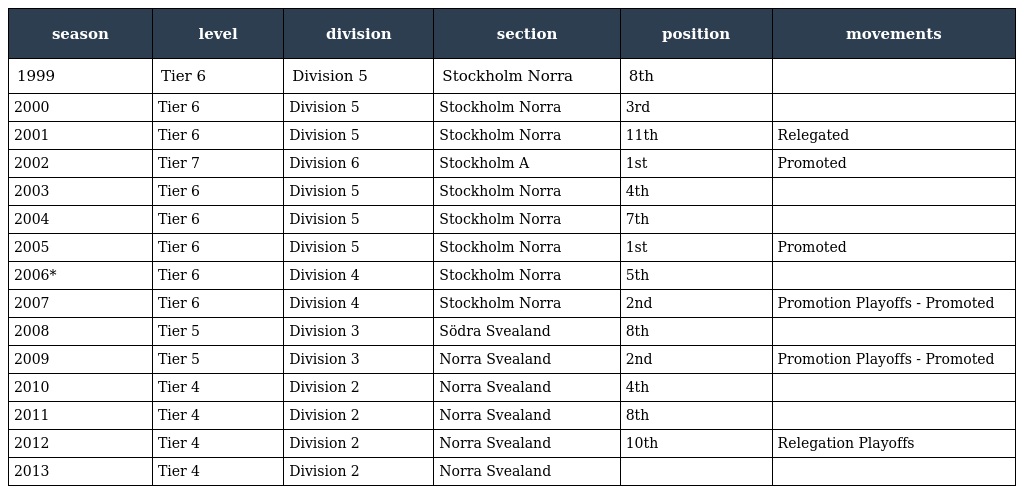
| season | level | division | section | position | movements |
 | --- | --- | --- | --- | --- | --- |
 | 1999 | Tier 6 | Division 5 | Stockholm Norra | 8th |  |
 | 2000 | Tier 6 | Division 5 | Stockholm Norra | 3rd |  |
 | 2001 | Tier 6 | Division 5 | Stockholm Norra | 11th | Relegated |
 | 2002 | Tier 7 | Division 6 | Stockholm A | 1st | Promoted |
 | 2003 | Tier 6 | Division 5 | Stockholm Norra | 4th |  |
 | 2004 | Tier 6 | Division 5 | Stockholm Norra | 7th |  |
 | 2005 | Tier 6 | Division 5 | Stockholm Norra | 1st | Promoted |
 | 2006* | Tier 6 | Division 4 | Stockholm Norra | 5th |  |
 | 2007 | Tier 6 | Division 4 | Stockholm Norra | 2nd | Promotion Playoffs - Promoted |
 | 2008 | Tier 5 | Division 3 | Södra Svealand | 8th |  |
 | 2009 | Tier 5 | Division 3 | Norra Svealand | 2nd | Promotion Playoffs - Promoted |
 | 2010 | Tier 4 | Division 2 | Norra Svealand | 4th |  |
 | 2011 | Tier 4 | Division 2 | Norra Svealand | 8th |  |
 | 2012 | Tier 4 | Division 2 | Norra Svealand | 10th | Relegation Playoffs |
 | 2013 | Tier 4 | Division 2 | Norra Svealand |  |  |